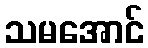
သမအောင်